Indian journal of veterinary science and animal husbandry - Volumes 28-29, 1958-1959
Year: 1958
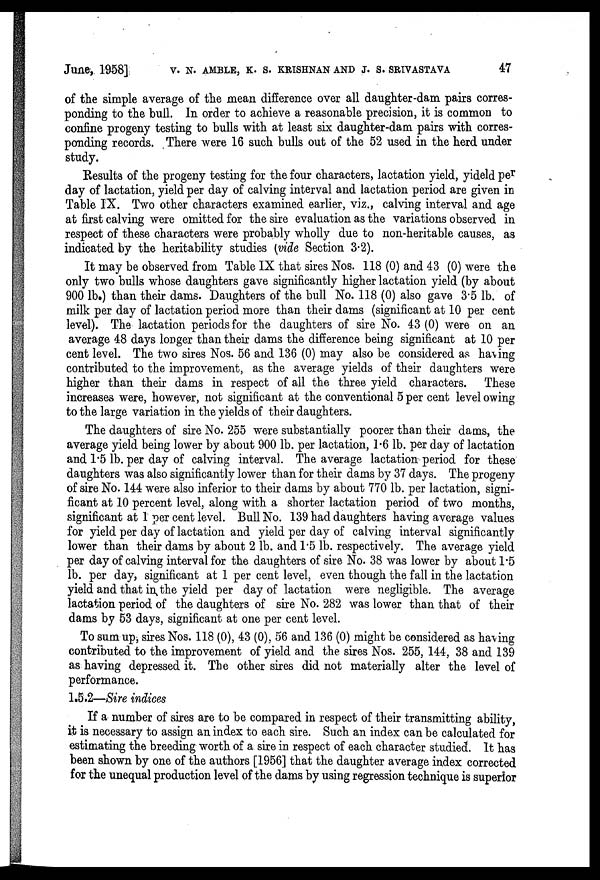
June, 1958] V. N. AMBLE, K. S. KRISHNAN AND J. S. SRIVASTAVA 47
of the simple average of the mean difference over all daughter-dam pairs corres-
ponding to the bull. In order to achieve a reasonable precision, it is common to
confine progeny testing to bulls with at least six daughter-dam pairs with corres-
ponding records. There were 16 such bulls out of the 52 used in the herd under
study.
Results of the progeny testing for the four characters, lactation yield, yideld per
day of lactation, yield per day of calving interval and lactation period are given in
Table IX. Two other characters examined earlier, viz., calving interval and age
at first calving were omitted for the sire evaluation as the variations observed in
respect of these characters were probably wholly due to non-heritable causes, as
indicated by the heritability studies (vide Section 3.2).
It may be observed from Table IX that sires Nos. 118 (0) and 43 (0) were the
only two bulls whose daughters gave significantly higher lactation yield (by about
900 lb.) than their dams. Daughters of the bull No. 118 (0) also gave 3.5 lb. of
milk per day of lactation period more than their dams (significant at 10 per cent
level). The lactation periods for the daughters of sire No. 43 (0) were on an
average 48 days longer than their dams the difference being significant at 10 per
cent level. The two sires Nos. 56 and 136 (0) may also be considered as having
contributed to the improvement, as the average yields of their daughters were
higher than their dams in respect of all the three yield characters. These
increases were, however, not significant at the conventional 5 per cent level owing
to the large variation in the yields of their daughters.
The daughters of sire No. 255 were substantially poorer than their dams, the
average yield being lower by about 900 lb. per lactation, 1.6 lb. per day of lactation
and 1.5 lb. per day of calving interval. The average lactation period for these
daughters was also significantly lower than for their dams by 37 days. The progeny
of sire No. 144 were also inferior to their dams by about 770 lb. per lactation, signi-
ficant at 10 percent level, along with a shorter lactation period of two months,
significant at 1 per cent level. Bull No. 139 had daughters having average values
for yield per day of lactation and yield per day of calving interval significantly
lower than their dams by about 2 lb. and 1.5 lb. respectively. The average yield
per day of calving interval for the daughters of sire No. 38 was lower by about 1.5
lb. per day, significant at 1 per cent level, even though the fall in the lactation
yield and that in the yield per day of lactation were negligible. The average
lactation period of the daughters of sire No. 282 was lower than that of their
dams by 53 days, significant at one per cent level.
To sum up, sires Nos. 118 (0), 43 (0), 56 and 136 (0) might be considered as having
contributed to the improvement of yield and the sires Nos. 255, 144, 38 and 139
as having depressed it. The other sires did not materially alter the level of
performance.
1.5.2—Sire indices
If a number of sires are to be compared in respect of their transmitting ability,
it is necessary to assign an index to each sire. Such an index can be calculated for
estimating the breeding worth of a sire in respect of each character studied. It has
been shown by one of the authors [1956] that the daughter average index corrected
for the unequal production level of the dams by using regression technique is superior